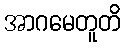
အာဂမေတူတိ